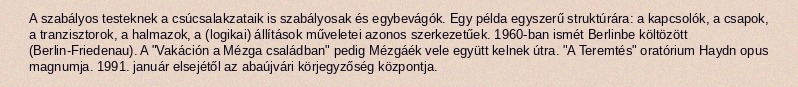
A szabályos testeknek a csúcsalakzataik is szabályosak és egybevágók. Egy példa egyszerű struktúrára: a kapcsolók, a csapok, a tranzisztorok, a halmazok, a (logikai) állítások műveletei azonos szerkezetűek. 1960-ban ismét Berlinbe költözött (Berlin-Friedenau). A "Vakáción a Mézga családban" pedig Mézgáék vele együtt kelnek útra. "A Teremtés" oratórium Haydn opus magnumja. 1991. január elsejétől az abaújvári körjegyzőség központja.